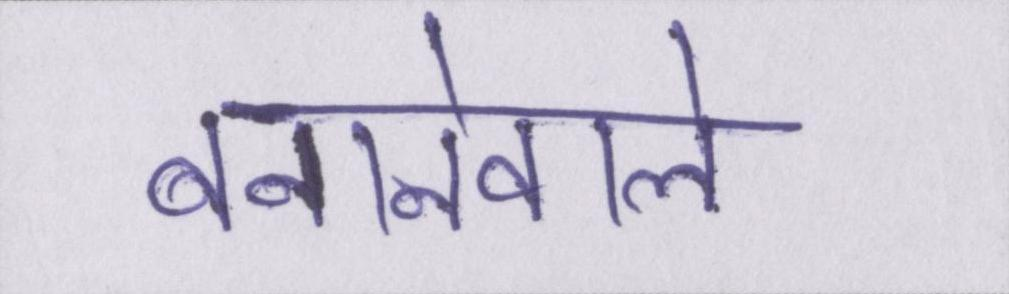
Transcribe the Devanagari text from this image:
बनानेवाले